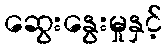
ဆွေးနွေးမှုနှင့်